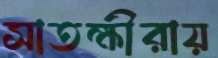
সাতক্ষীরায়